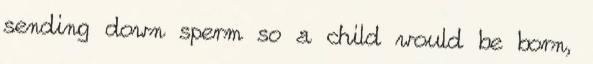
sending down sperm so a child would be born,